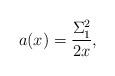
LaTeX: \begin{align*}a(x)=\frac{\Sigma_1^2}{2x},\end{align*}